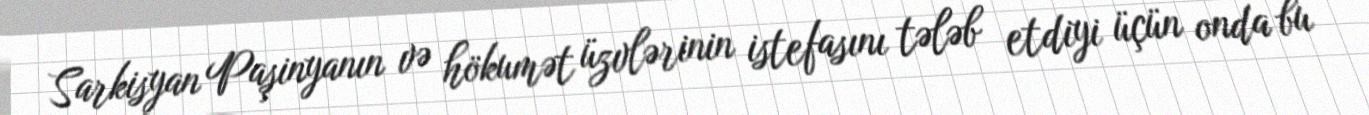
Sarkisyan Paşinyanın və hökumət üzvlərinin istefasını tələb etdiyi üçün onda bu